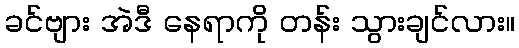
ခင်ဗျား အဲဒီ နေရာကို တန်း သွားချင်လား။